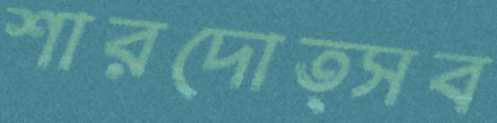
শারদোত্সব